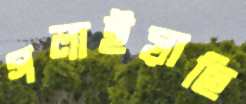
গলাইয়াছি